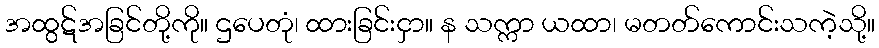
အထွဋ်အခြင်တို့ကို။ ဌပေတုံ၊ ထားခြင်းငှာ။ န သက္ကာ ယထာ၊ မတတ်ကောင်းသကဲ့သို့။